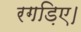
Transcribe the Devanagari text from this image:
रगड़िए।